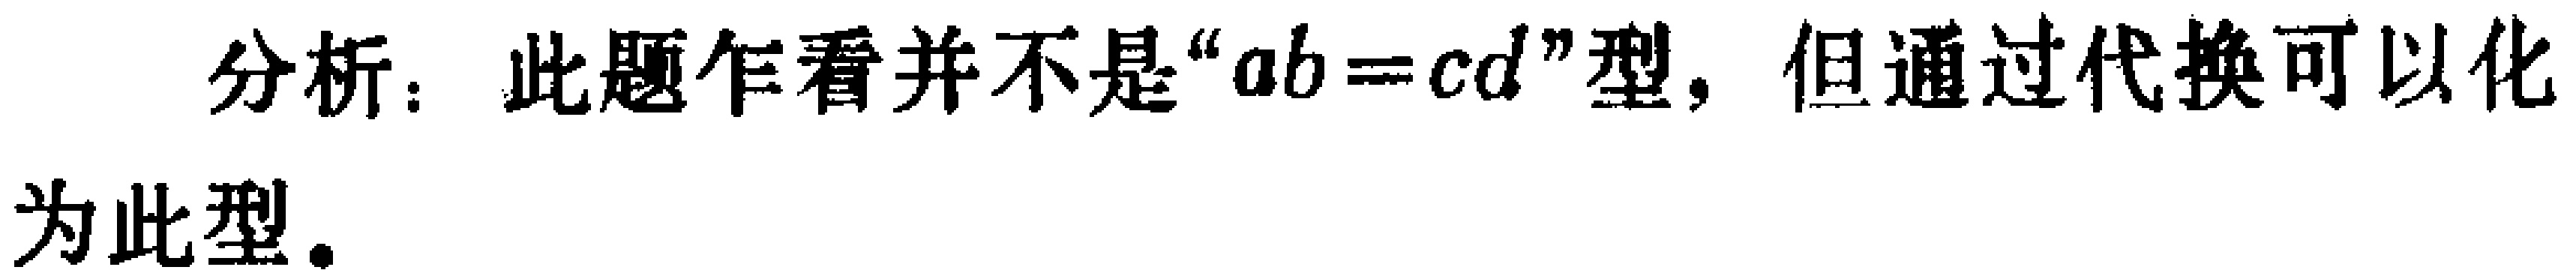
分析：此题乍看并不是“\(ab = cd\)”型，但通过代换可以化为此型。